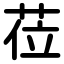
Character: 莅